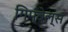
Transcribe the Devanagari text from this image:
गिम्बेल्स